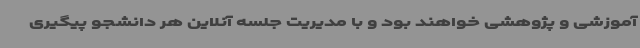
آموزشی و پژوهشی خواهند بود و با مدیریت جلسه آنلاین هر دانشجو پیگیری